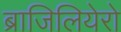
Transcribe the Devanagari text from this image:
ब्राजिलियेरो